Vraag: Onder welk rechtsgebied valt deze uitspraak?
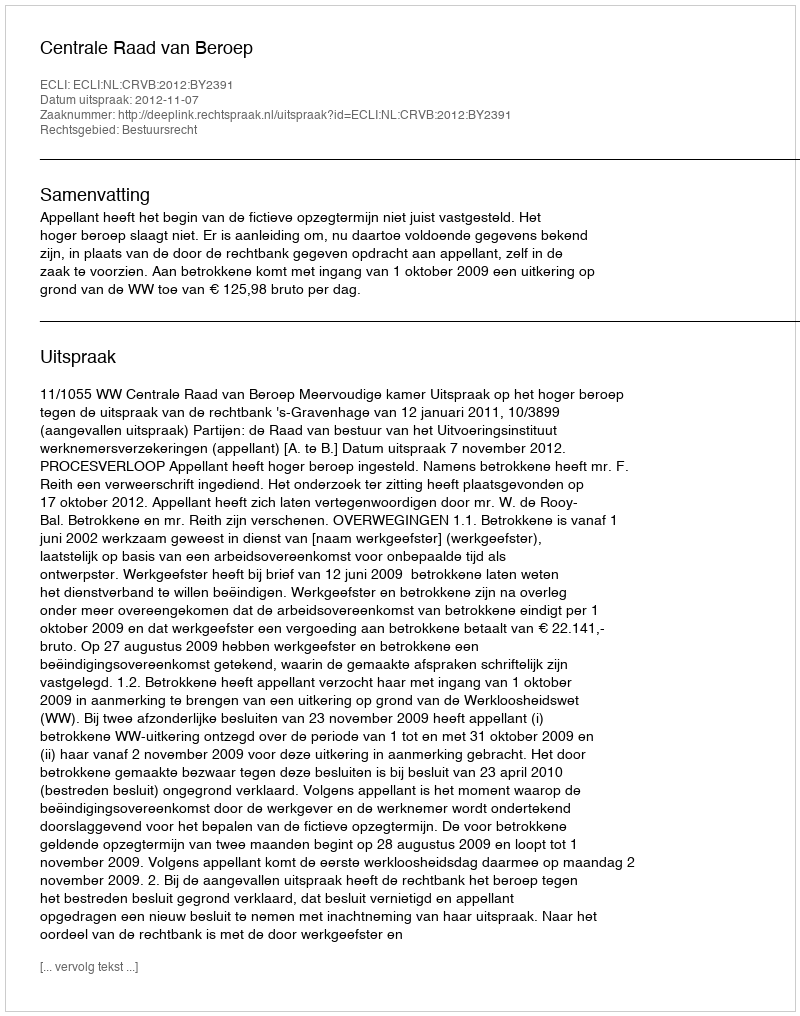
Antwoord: Bestuursrecht